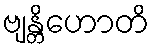
ဗျန္တိဟောတိ